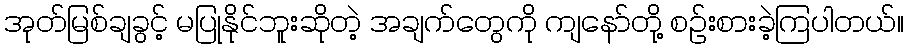
အုတ်မြစ်ချခွင့် မပြုနိုင်ဘူးဆိုတဲ့ အချက်တွေကို ကျနော်တို့ စဉ်းစားခဲ့ကြပါတယ်။